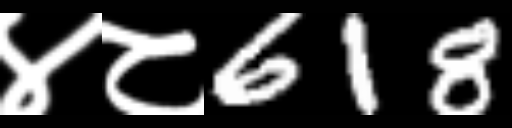
Text: ४८618